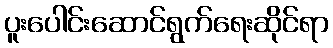
ပူးပေါင်းဆောင်ရွက်ရေးဆိုင်ရာ